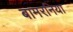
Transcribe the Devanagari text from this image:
बामरनिया